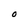
Character: O